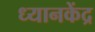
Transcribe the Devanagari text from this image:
ध्यानकेंद्र